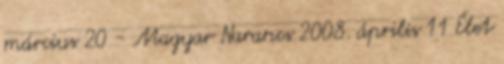
március 20 - Magyar Narancs 2008. április 11 Élet